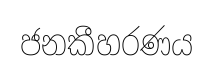
ජනකීහරණය